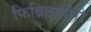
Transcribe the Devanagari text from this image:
फिब्रिल्लातोरी